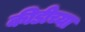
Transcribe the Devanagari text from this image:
कीडीच्या